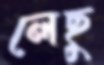
লেছু